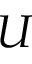
U